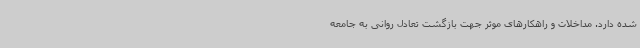
شده دارد. مداخلات و راهکارهای موثر جهت بازگشت تعادل روانی به جامعه